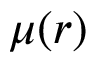
\mu ( r )